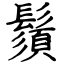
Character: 鬚